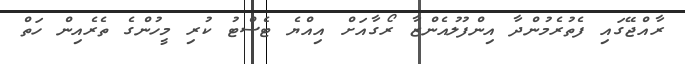
ރާއްޖޭގައި ފެތުރެމުންދާ އިންފުލުއެންޒާ ރޯގާއަށް އިއްޔެ ޓެސްޓު ކުރި މީހުންގެ ތެރެއިން ހަތް